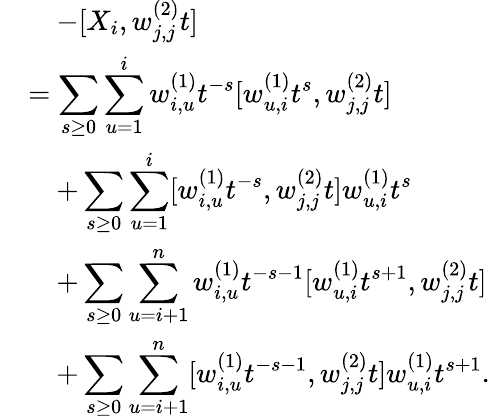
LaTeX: \begin{array}{rl}&{\quad-[X_{i},w_{j,j}^{(2)}t]}\\ &{=\displaystyle\sum_{s\geq 0}\displaystyle\sum_{u=1}^{i}w_{i,u}^{(1)}t^{-s}[w_{u,i}^{(1)}t^{s},w_{j,j}^{(2)}t]}\\ &{\quad+\displaystyle\sum_{s\geq 0}\displaystyle\sum_{u=1}^{i}[w_{i,u}^{(1)}t^{-s},w_{j,j}^{(2)}t]w_{u,i}^{(1)}t^{s}}\\ &{\quad+\displaystyle\sum_{s\geq 0}\displaystyle\sum_{u=i+1}^{n}w_{i,u}^{(1)}t^{-s-1}[w_{u,i}^{(1)}t^{s+1},w_{j,j}^{(2)}t]}\\ &{\quad+\displaystyle\sum_{s\geq 0}\displaystyle\sum_{u=i+1}^{n}[w_{i,u}^{(1)}t^{-s-1},w_{j,j}^{(2)}t]w_{u,i}^{(1)}t^{s+1}.}\end{array}